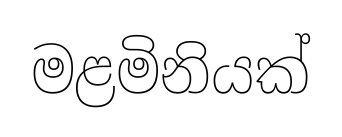
මළමිනියක්